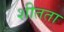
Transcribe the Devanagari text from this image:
शीतता